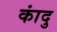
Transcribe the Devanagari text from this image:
कांदु